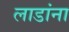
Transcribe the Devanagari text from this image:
लाडांना